Vaccination North-Western Provinces 1866-1877 - 1866-1877
Year: 1866
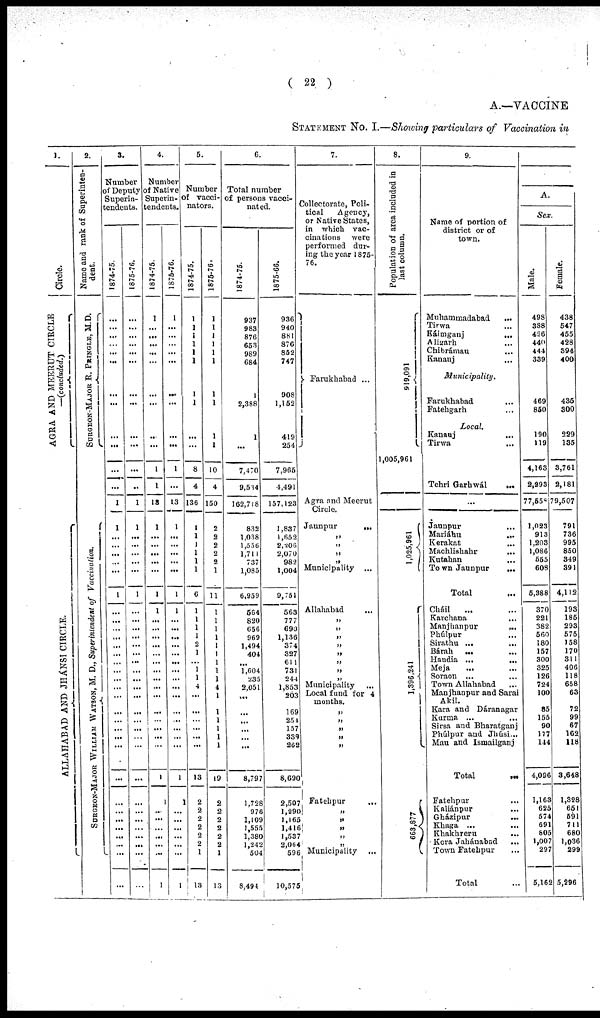
( 22 )
A.— VACCINE
STATEMENT No. I.— Showing particulars of Vaccination in
1.
Circle.
AGRA AND MEERUT CIRCLE
— (concluded.)
ALLAHABAD AND JHANSI CIRCLE.
2.
Name and rank of Superinten-
dent.
SURGEON-MAJOR R. PRINGLE, M.D.
S
UR GE ON-MAJOR WIL L IAM WAT S ON, M. D., Superintendent of Vaccination.
3.
Number
of Deputy
Superin-
tendents.
1874-75.
...
...
...
...
...
...
...
...
...
...
...
...
1
1
...
...
...
...
...
1
...
...
...
...
...
...
...
...
...
...
...
...
...
...
...
...
...
...
...
...
...
...
...
...
...
...
1875-76.
...
...
...
...
...
...
...
...
...
...
...
..
1
1
...
...
...
...
...
1
...
...
...
...
...
...
...
...
...
...
...
...
...
...
...
...
...
...
...
...
...
...
...
...
...
...
4.
Number
of Native
Superin¬
tendents.
1874-75.
1
...
...
...
...
...
...
...
...
...
1
1
13
1
...
...
...
...
...
1
1
...
...
...
...
...
...
...
...
...
...
...
...
...
...
...
...
1
1
...
...
...
...
...
...
1
1875-76.
1
...
...
...
...
...
...
...
...
...
1
...
13
1
...
...
...
...
...
1
1
...
...
...
...
...
...
...
...
...
...
...
...
...
...
...
...
1
1
...
...
...
...
...
...
1
5.
Number
of vacci¬
nators.
1874-75.
1
1
1
1
1
1
1
1
...
...
8
4
136
1
1
1
1
1
1
6
1
1
1
1
2
1
...
1
1
4
...
...
...
...
...
...
...
13
2
2
2
2
2
2
1
13
1875-76.
1
1
1
1
1
1
1
1
1
1
10
4
150
2
2
2
2
2
1
11
1
1
1
1
1
1
1
1
1
4
1
...
1
1
1
1
1
19
2
2
2
2
2
2
1
13
6.
Total number
of persons vacci-
nated.
1874-75.
937
983
876
653
989
684
1
2,388
1
...
7,470
9,534
162,718
832
1,038
1,556
1,711
737
1,085
6,959
564
820
656
969
1,494
404
...
1,604
235
2,051
...
...
...
...
...
...
...
8,797
l,728
976
1,109
1,555
1,380
1,242
504
8,494
1875-66.
936
940
881
876
852
747
908
1,152
419
254
7,965
4,491
157,123
1,837
1,652
2,206
2,070
982
1,004
9,751
563
777
690
1,136
374
327
611
731
244
1,853
203
...
169
254
157
339
262
8,690
2,507
1,290
1,165
1,416
1,537
2,064
596
10,575
7.
Collectorate, Poli-
tical
Agency,
or Native States,
in which vac-
cinations were
performed dur-
ing the year 1875-
76.
Farukhabad ...
Agra and Meerut
Circle.
Jaunpur
...
„
„
„
„
Municipality ...
Allahabad
...
„
„
„
„
„
„
„
„
Municipality
Local fund for 4
months.
„
„
„
„
„
Fatehpur ...
„
„
„
„
„
Municipality ...
8.
Population of area included in
last column.
919,091
1,005,961
1,025,961
1,396,241
663,877
9.
Name of portion of
district or of
town.
Muhammadabad
...
Tirwa ...
Káimganj ...
Aligarh ...
Chibrámau ...
Kanauj ...
Municipality.
Farukhabad ...
Fatehgarh ...
Local.
Kanauj ...
Tirwa ...
Tehri Garhwál
...
...
Jaunpur ...
Mariáhu
...
Kerakat ...
Machlishahr ...
Kutahan ...
Town Jaunpur
...
Total ...
Cháil ... ...
Karchana ... ...
Manjhanpur
...
...
Phúlpur ... ...
Sirathu ... ...
Bárah ... ...
Handia
...
...
Meja ... ...
Soraon ... ...
Town Allahabad ...
Manjhanpur and Sarai
Akil. ... ...
Kara and Dáranagar
Kurma ... ...
Sirsa and Bharatganj
Phúlpur and Jhúsi ...
Mau and Ismailganj ...
Total
...
Fatehpur ... ...
Kaliánpur ... ...
Gházipur ... ...
Khaga ... ...
Khakhreru ... ...
Kora Jahánabad ... ...
Town Fatehpur ... ...
Total ...
A.
Sex.
Male.
498
338
426
440
444
339
469
850
190
119
4,163
2,293
77,556
1,023
913
1,203
1,086
555
608
5,388
370
221
382
560
180
157
300
325
126
724
100
85
155
90
177
144
4,096
1,163
625
574
691
805
1,007
297
5,162
Female.
438
547
455
428
394
400
435
300
229
135
3,761
2,181
79,507
791
736
995
850
349
391
4,112
193
185
293
575
158
170
311
406
118
658
63
72
99
67
162
118
3,648
1,328
651
591
711
680
1,036
299
5,296